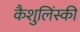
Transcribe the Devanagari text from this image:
कैशुलिंस्की